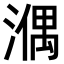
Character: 𣼱